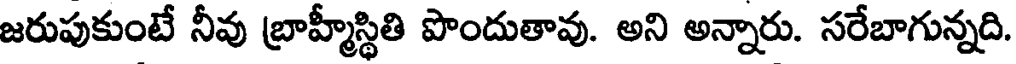
జరుపుకుంటే నీవు బ్రాహ్మీస్థితి పొందుతావు. అని అన్నారు. సరేబాగున్నది.